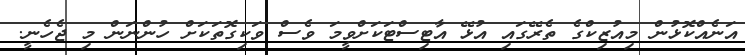
އަނެއްކޮޅުން މިއުޒިކްގެ ތެރޭގައި އުޅޭ އާޓިސްޓަކަށްވީމަ ވެސް ވަކިގޮތަކަށް ހުންނަން މި ޖެހެނީ.